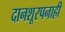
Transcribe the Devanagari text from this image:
दानशूरपनाही